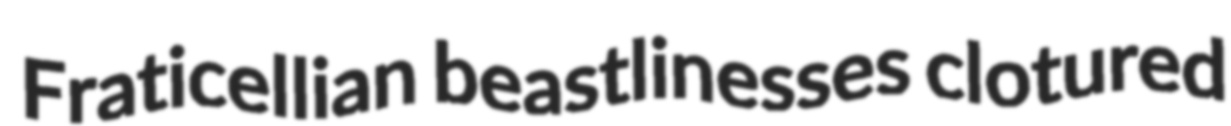
Fraticellian beastlinesses clotured